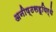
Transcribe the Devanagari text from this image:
अनीष्ठसहूयिर्थे